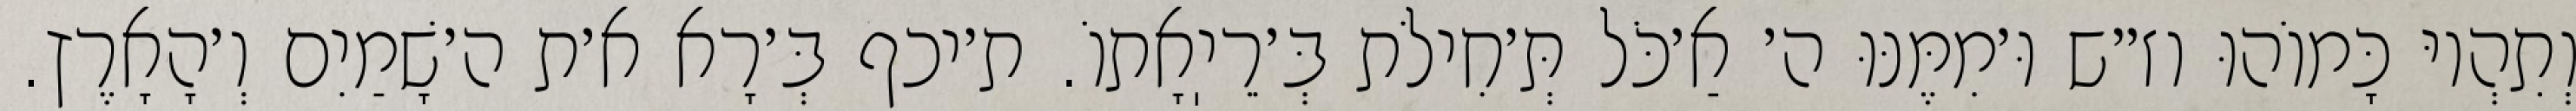
וְתִהְיוּ כָּמוֹהוּ וז״ש וּ׳מִמֶּנּוּ ה׳ אַ׳כֹּל תְּ׳חִילֹת בְּ׳רֵיֽאָתוֹ. ת׳יכף בְּ׳רָא א׳ת ה׳שָׁמַיִם וְ׳הָאָרֶץ.